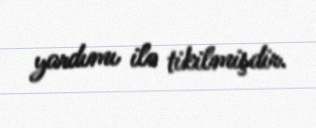
yardımı ilə tikilmişdir.